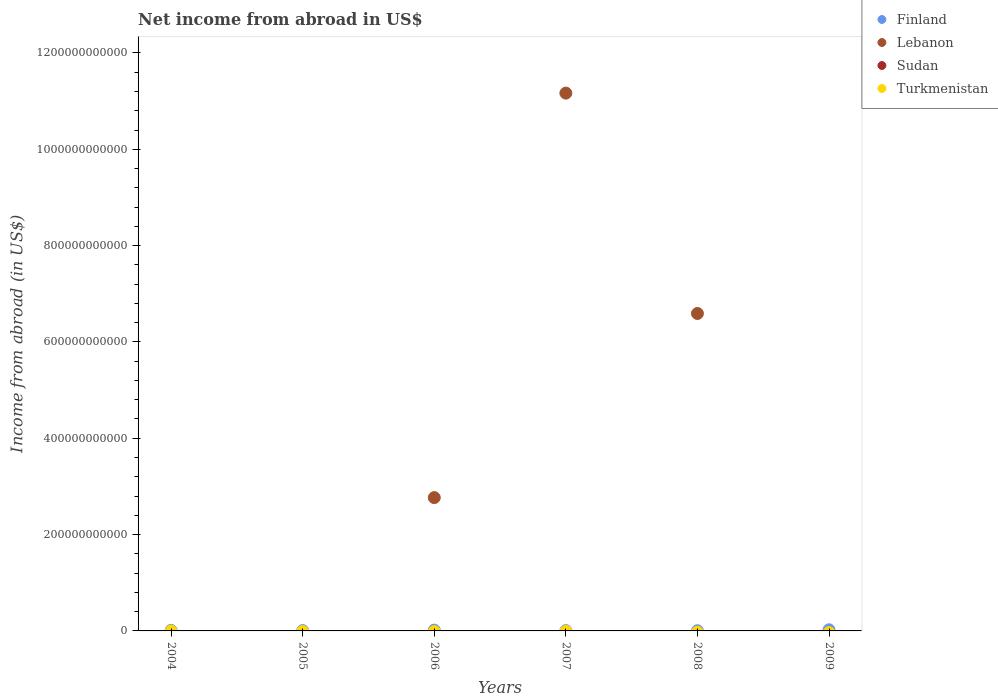
| Years | Finland | Lebanon | Sudan | Turkmenistan |
 | --- | --- | --- | --- | --- |
 | 2004 | 1.12e+09 | -1.23e+12 | -4.31e+09 | -2.31e+08 |
 | 2005 | 6.88e+08 | -2.81e+11 | -4.74e+09 | -1.24e+09 |
 | 2006 | 1.62e+09 | 2.77e+11 | -4.78e+09 | -1.36e+09 |
 | 2007 | 5.89e+08 | 1.12e+12 | -6.44e+09 | -7.77e+08 |
 | 2008 | 3.62e+08 | 6.59e+11 | -7.73e+09 | -2.66e+09 |
 | 2009 | 2.32e+09 | -3.44e+11 | -9.18e+09 | -3.58e+09 |